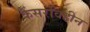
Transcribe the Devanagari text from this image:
कैंसरविहीन